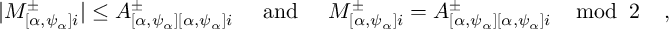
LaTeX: | M _ { [ \alpha , \psi _ { \alpha } ] i } ^ { \pm } | \leq A _ { [ \alpha , \psi _ { \alpha } ] [ \alpha , \psi _ { \alpha } ] i } ^ { \pm } \; \; \; \; \; \mathrm { a n d } \; \; \; \; \; M _ { [ \alpha , \psi _ { \alpha } ] i } ^ { \pm } = A _ { [ \alpha , \psi _ { \alpha } ] [ \alpha , \psi _ { \alpha } ] i } ^ { \pm } \; \; \; \; \mathrm { m o d } \; \; 2 \; \; \; \; ,